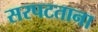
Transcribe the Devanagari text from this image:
सरपटताना